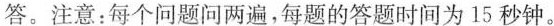
答。注意：每个问题问两遍，每题的答题时间为15秒钟。